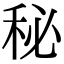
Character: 秘